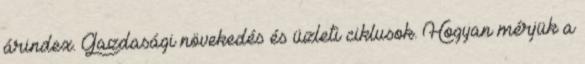
árindex. Gazdasági növekedés és üzleti ciklusok. Hogyan mérjük a